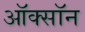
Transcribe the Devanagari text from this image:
ऑक्सॉन